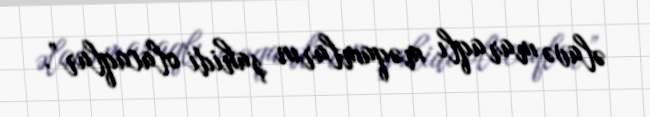
əlavə maraqlı məqamların şahidi olacaqlar”.